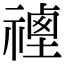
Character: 𥛡